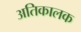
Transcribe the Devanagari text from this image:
अतिकालक